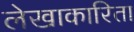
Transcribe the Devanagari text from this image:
लेखाकारिता